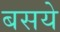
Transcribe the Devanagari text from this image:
बसये